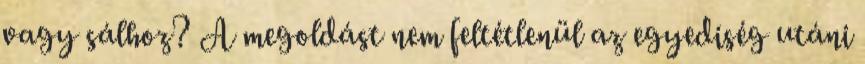
vagy sálhoz? A megoldást nem feltétlenül az egyediség utáni